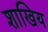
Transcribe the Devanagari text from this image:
शाखिय